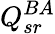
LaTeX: Q_{sr}^{BA}